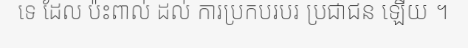
ទេ ដែល ប៉ះពាល់ ដល់ ការប្រកបរបរ ប្រជាជន ឡើយ ។